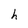
Character: h